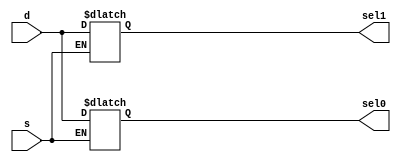
`timescale 1ns / 1ps
//////////////////////////////////////////////////////////////////////////////////
// Company: 
// Engineer: 
// 
// Design Name: 
// Module Name: DMUX2
// Project Name: 
// Target Devices: 
// Tool Versions: 
// Description: 
// 
// Dependencies: 
// 
// Revision:
// Revision 0.01 - File Created
// Additional Comments:
// 
//////////////////////////////////////////////////////////////////////////////////


module DMUX2 #(parameter MSB = 31, LSB = 0)(
    input [MSB: LSB] d,
    input s,
    output reg [MSB: LSB] sel1, sel0
    );
    always @(*) begin
        if (s == 1'b0) begin
            sel0 = d;
        end
        else begin
            sel1 = d;
        end
    end
endmodule